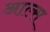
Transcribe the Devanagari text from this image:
आल्स